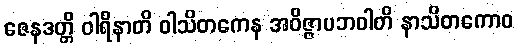
ဇေနဒတ္တိ ဝါရိနာတိ ဝါသိတကေန အဝိဇ္ဇာပဘဝါတိ နာသိတကောဝ